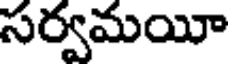
సర్వమయీ